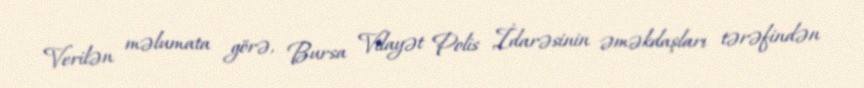
Verilən məlumata görə, Bursa Vilayət Polis İdarəsinin əməkdaşları tərəfindən